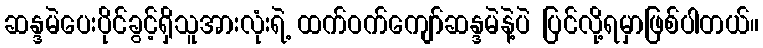
ဆန္ဒမဲပေးပိုင်ခွင့်ရှိသူအားလုံးရဲ့ ထက်ဝက်ကျော်ဆန္ဒမဲနဲ့ပဲ ပြင်လို့ရမှာဖြစ်ပါတယ်။